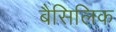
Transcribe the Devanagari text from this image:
बैसिलिक